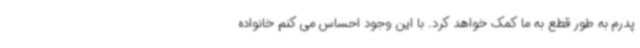
پدرم به طور قطع به ما کمک خواهد کرد. با این وجود احساس می کنم خانواده